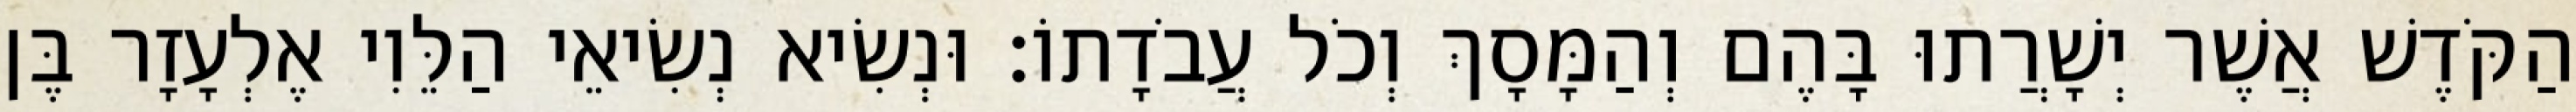
הַקֹּדֶשׁ אֲשֶׁר יְשָׁרֲתוּ בָּהֶם וְהַמָּסָךְ וְכֹל עֲבֹדָתוֹ׃ וּנְשִׂיא נְשִׂיאֵי הַלֵּוִי אֶלְעָזָר בֶּן